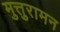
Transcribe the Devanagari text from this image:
मुत्तुरामन